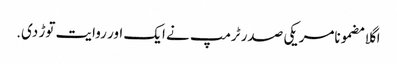
اگلا مضمونامریکی صدر ٹرمپ نے ایک اور روایت توڑ دی.